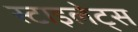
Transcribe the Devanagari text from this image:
स्टाइलेट्स